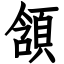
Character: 頷